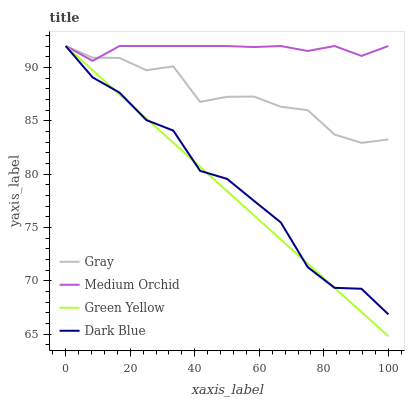
| xaxis_label | Gray | Medium Orchid | Green Yellow | Dark Blue |
 | --- | --- | --- | --- | --- |
 | 0 | 92 | 92 | 92 | 92 |
 | 8.33 | 90.9 | 90.6 | 89.7 | 89.1 |
 | 16.7 | 90.9 | 92 | 87.5 | 87.6 |
 | 25 | 89.7 | 92 | 85.2 | 85.1 |
 | 33.3 | 90.1 | 92 | 82.9 | 84.1 |
 | 41.7 | 86.8 | 92 | 80.7 | 80.3 |
 | 50 | 87.2 | 92 | 78.4 | 79.5 |
 | 58.3 | 87.3 | 91.9 | 76.1 | 77.5 |
 | 66.7 | 86.3 | 92 | 73.9 | 75.5 |
 | 75 | 86 | 91.5 | 71.6 | 71.3 |
 | 83.3 | 83.7 | 92 | 69.3 | 69.3 |
 | 91.7 | 82.9 | 91.1 | 67.1 | 69.2 |
 | 100 | 83.2 | 92 | 64.8 | 66.8 |